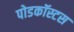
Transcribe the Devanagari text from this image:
पोडकॉस्टस